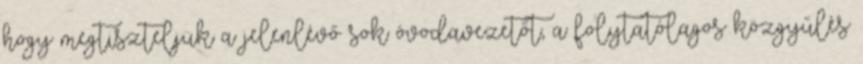
hogy megtiszteljük a jelenlévő sok óvodavezetőt, a folytatólagos közgyűlés